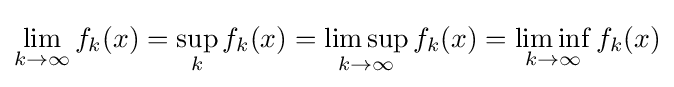
\displaystyle \lim _{k\to \infty }f_{k}(x)=\sup _{k}f_{k}(x)=\limsup _{k\to \infty }f_{k}(x)=\liminf _{k\to \infty }f_{k}(x)